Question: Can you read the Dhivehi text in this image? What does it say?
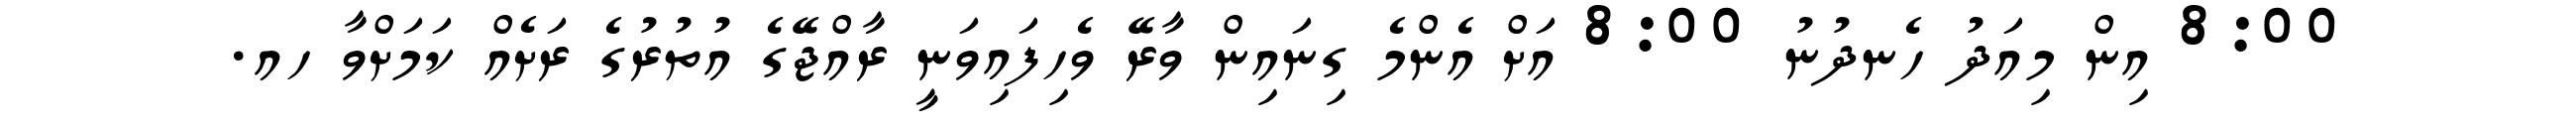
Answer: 8:00 އިން މިއަދު ހެނދުނު 8:00 އަށް އެންމެ ގިނައިން ވާރޭ ވެހިފައިވަނީ ރާއްޖޭގެ އުތުރުގެ ރަށެއް ކަމަށްވާ ހއ.